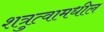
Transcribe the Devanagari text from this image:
शत्रुत्वामधील